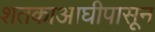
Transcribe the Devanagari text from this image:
शतकाआघीपासून